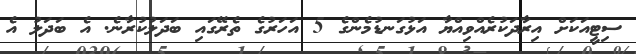
ސިޓީއަކަށް އިރާދަކުރެއްވިއްޔާ އަޅުގަނޑުމެންގެ 5 އަހަރުގެ ތެރޭގައި ބަދަލުކުރާނެ. އެ ބަދަލު އެ